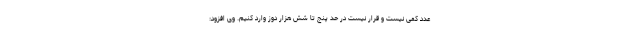
عدد کمی نیست و قرار نیست در حد پنج تا شش هزار دوز وارد کنیم. وی افزود: